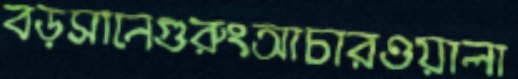
বড়সানেগুরুংআচারওয়ালা